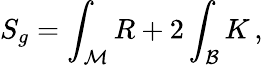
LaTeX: S_{g}=\int_{\mathcal M}R+2\int_{{\mathcal B}}K\, ,